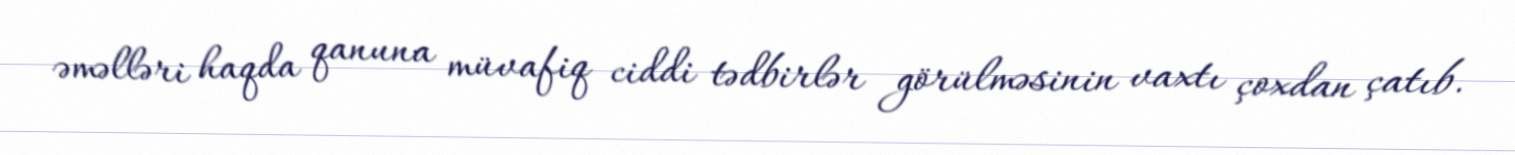
əməlləri haqda qanuna müvafiq ciddi tədbirlər görülməsinin vaxtı çoxdan çatıb.